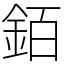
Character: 銆